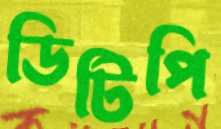
ডিটিপি